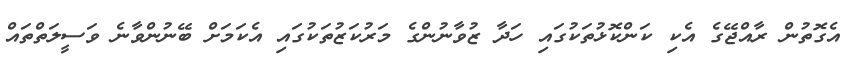
އެގޮތުން ރާއްޖޭގެ އެކި ކަންކޮޅުތަކުގައި ހަދާ ޒުވާނުންގެ މަރުކަޒުތަކުގައި އެކަމަށް ބޭނުންވާނެ ވަސީލަތްތައް